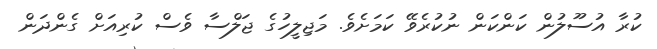
ކުރާ އުސޫލުން ކަންކަން ނުކުރެވޭ ކަމަށެވެ. މަޖިލީހުގެ ޖަލްސާ ވެސް ކުރިއަށް ގެންދަން